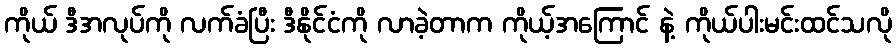
ကိုယ် ဒီအလုပ်ကို လက်ခံပြီး ဒီနိုင်ငံကို လာခဲ့တာက ကိုယ့်အကြောင် နဲ့ ကိုယ်ပါးမင်းထင်သလို